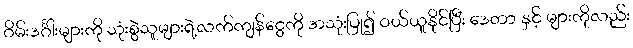
ဂိမ်းဒင်္ဂါးများကို သုံးစွဲသူများရဲ့လက်ကျန်ငွေကို အသုံးပြု၍ ဝယ်ယူနိုင်ပြီး ဒေတာ နှင့် များကိုလည်း